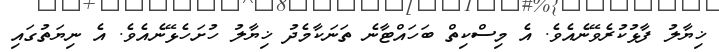
ޚިޔާލު ފާޅުކުރެވޭނެއެވެ. އެ މިސްކިތް ބަހައްޓާނެ ތަނަކާމެދު ޚިޔާލު ހުށަހެޅޭނެއެވެ. އެ ނިޔަތުގައި